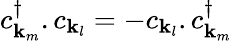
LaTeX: c_{\mathbf{k}_{m}}^{\dagger}.c_{\mathbf{k}_{l}}=-c_{\mathbf{k}_{l}}.c_{\mathbf{k}_{m}}^{\dagger}